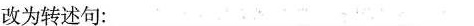
改为转述句：